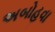
અબોહવા